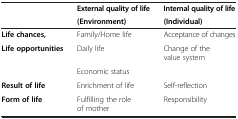
<table><thead><tr><td rowspan="2"><b> </b></td><td><b>External quality of life</b></td><td><b>Internal quality of life</b></td></tr><tr><td><b>(Environment)</b></td><td><b>(Individual)</b></td></tr></thead><tbody><tr><td><b>Life chances,</b></td><td>Family/Home life</td><td>Acceptance of changes</td></tr><tr><td rowspan="2"><b>Life opportunities</b></td><td>Daily life</td><td>Change of the value system</td></tr><tr><td>Economic status</td><td> </td></tr><tr><td><b>Result of life</b></td><td>Enrichment of life</td><td>Self-reflection</td></tr><tr><td><b>Form of life</b></td><td>Fulfilling the role of mother</td><td>Responsibility</td></tr></tbody></table>